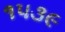
૧૫૩૯